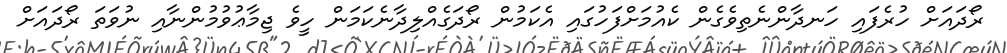
ރޯދައަށް ހުރެފައި ހަނދާންނެތިވެގެން ކެއުމަށްފަހުގައި އެކަމުން ރޯދަގެއްލިދާނެކަމަން ހީވެ ޖިމާޢުވުމުންނާއި ނުވަތަ ރޯދައަށް